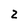
Character: 2